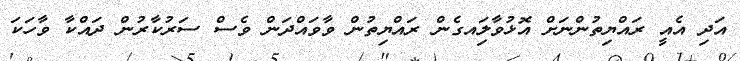
އަދި އެއީ ރައްޔިތުންނަށް އޮޅުވާލަިއގެން ރައްޔިތުން ވާވައްދަން ވެސް ސަރުކާރުން ދައްކާ ވާހަކަ